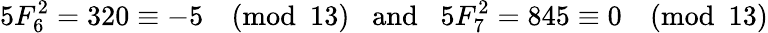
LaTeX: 5F_{6}^{2}=320\equiv-5{\pmod{13}}\; \; {\mathrm{~and~}}\; \; 5F_{7}^{2}=845\equiv 0{\pmod{13}}